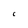
Character: C